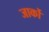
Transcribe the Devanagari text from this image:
जार्को